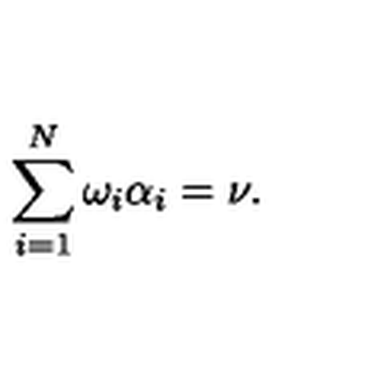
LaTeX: \sum _ { i = 1 } ^ { N } \omega _ { i } \alpha _ { i } = \nu .